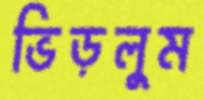
ভিড়লুম